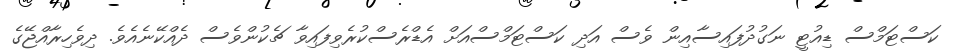
ކަސްޓަމްސް ޑިއުޓީ ނަގުދުފައިސާއިން ވެސް އަދި ކަސްޓަމްސްއަށް އެޑްރެސްކުރެވިފައިވާ ޗެކުންވެސް ދެއްކޭނެއެވެ. ދިވެހިރާއްޖޭގެ